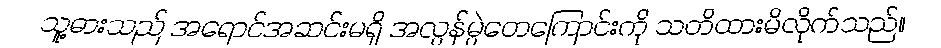
သူ့ဓားသည် အရောင်အဆင်းမရှိ အလွန်မွဲတေကြောင်းကို သတိထားမိလိုက်သည်။